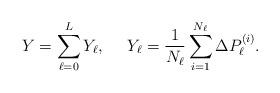
LaTeX: \begin{align*} Y = \sum_{\ell=0}^L Y_\ell, ~~~~Y_\ell = \frac{1}{N_\ell} \sum_{i=1}^{N_\ell} \Delta P_\ell^{(i)}.\end{align*}